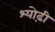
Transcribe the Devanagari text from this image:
श्योढ़ी